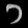
Digit: ၁